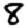
Digit: 8